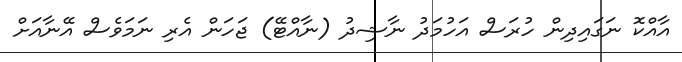
އާއްކޮ ނަގައިދިން ހުރަސް އަހުމަދު ނާޝިދު (ނާއްޓޭ) ޖަހަން އެރި ނަމަވެސް އޭނާއަށް